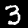
Label: 3